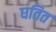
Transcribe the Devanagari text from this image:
घतित